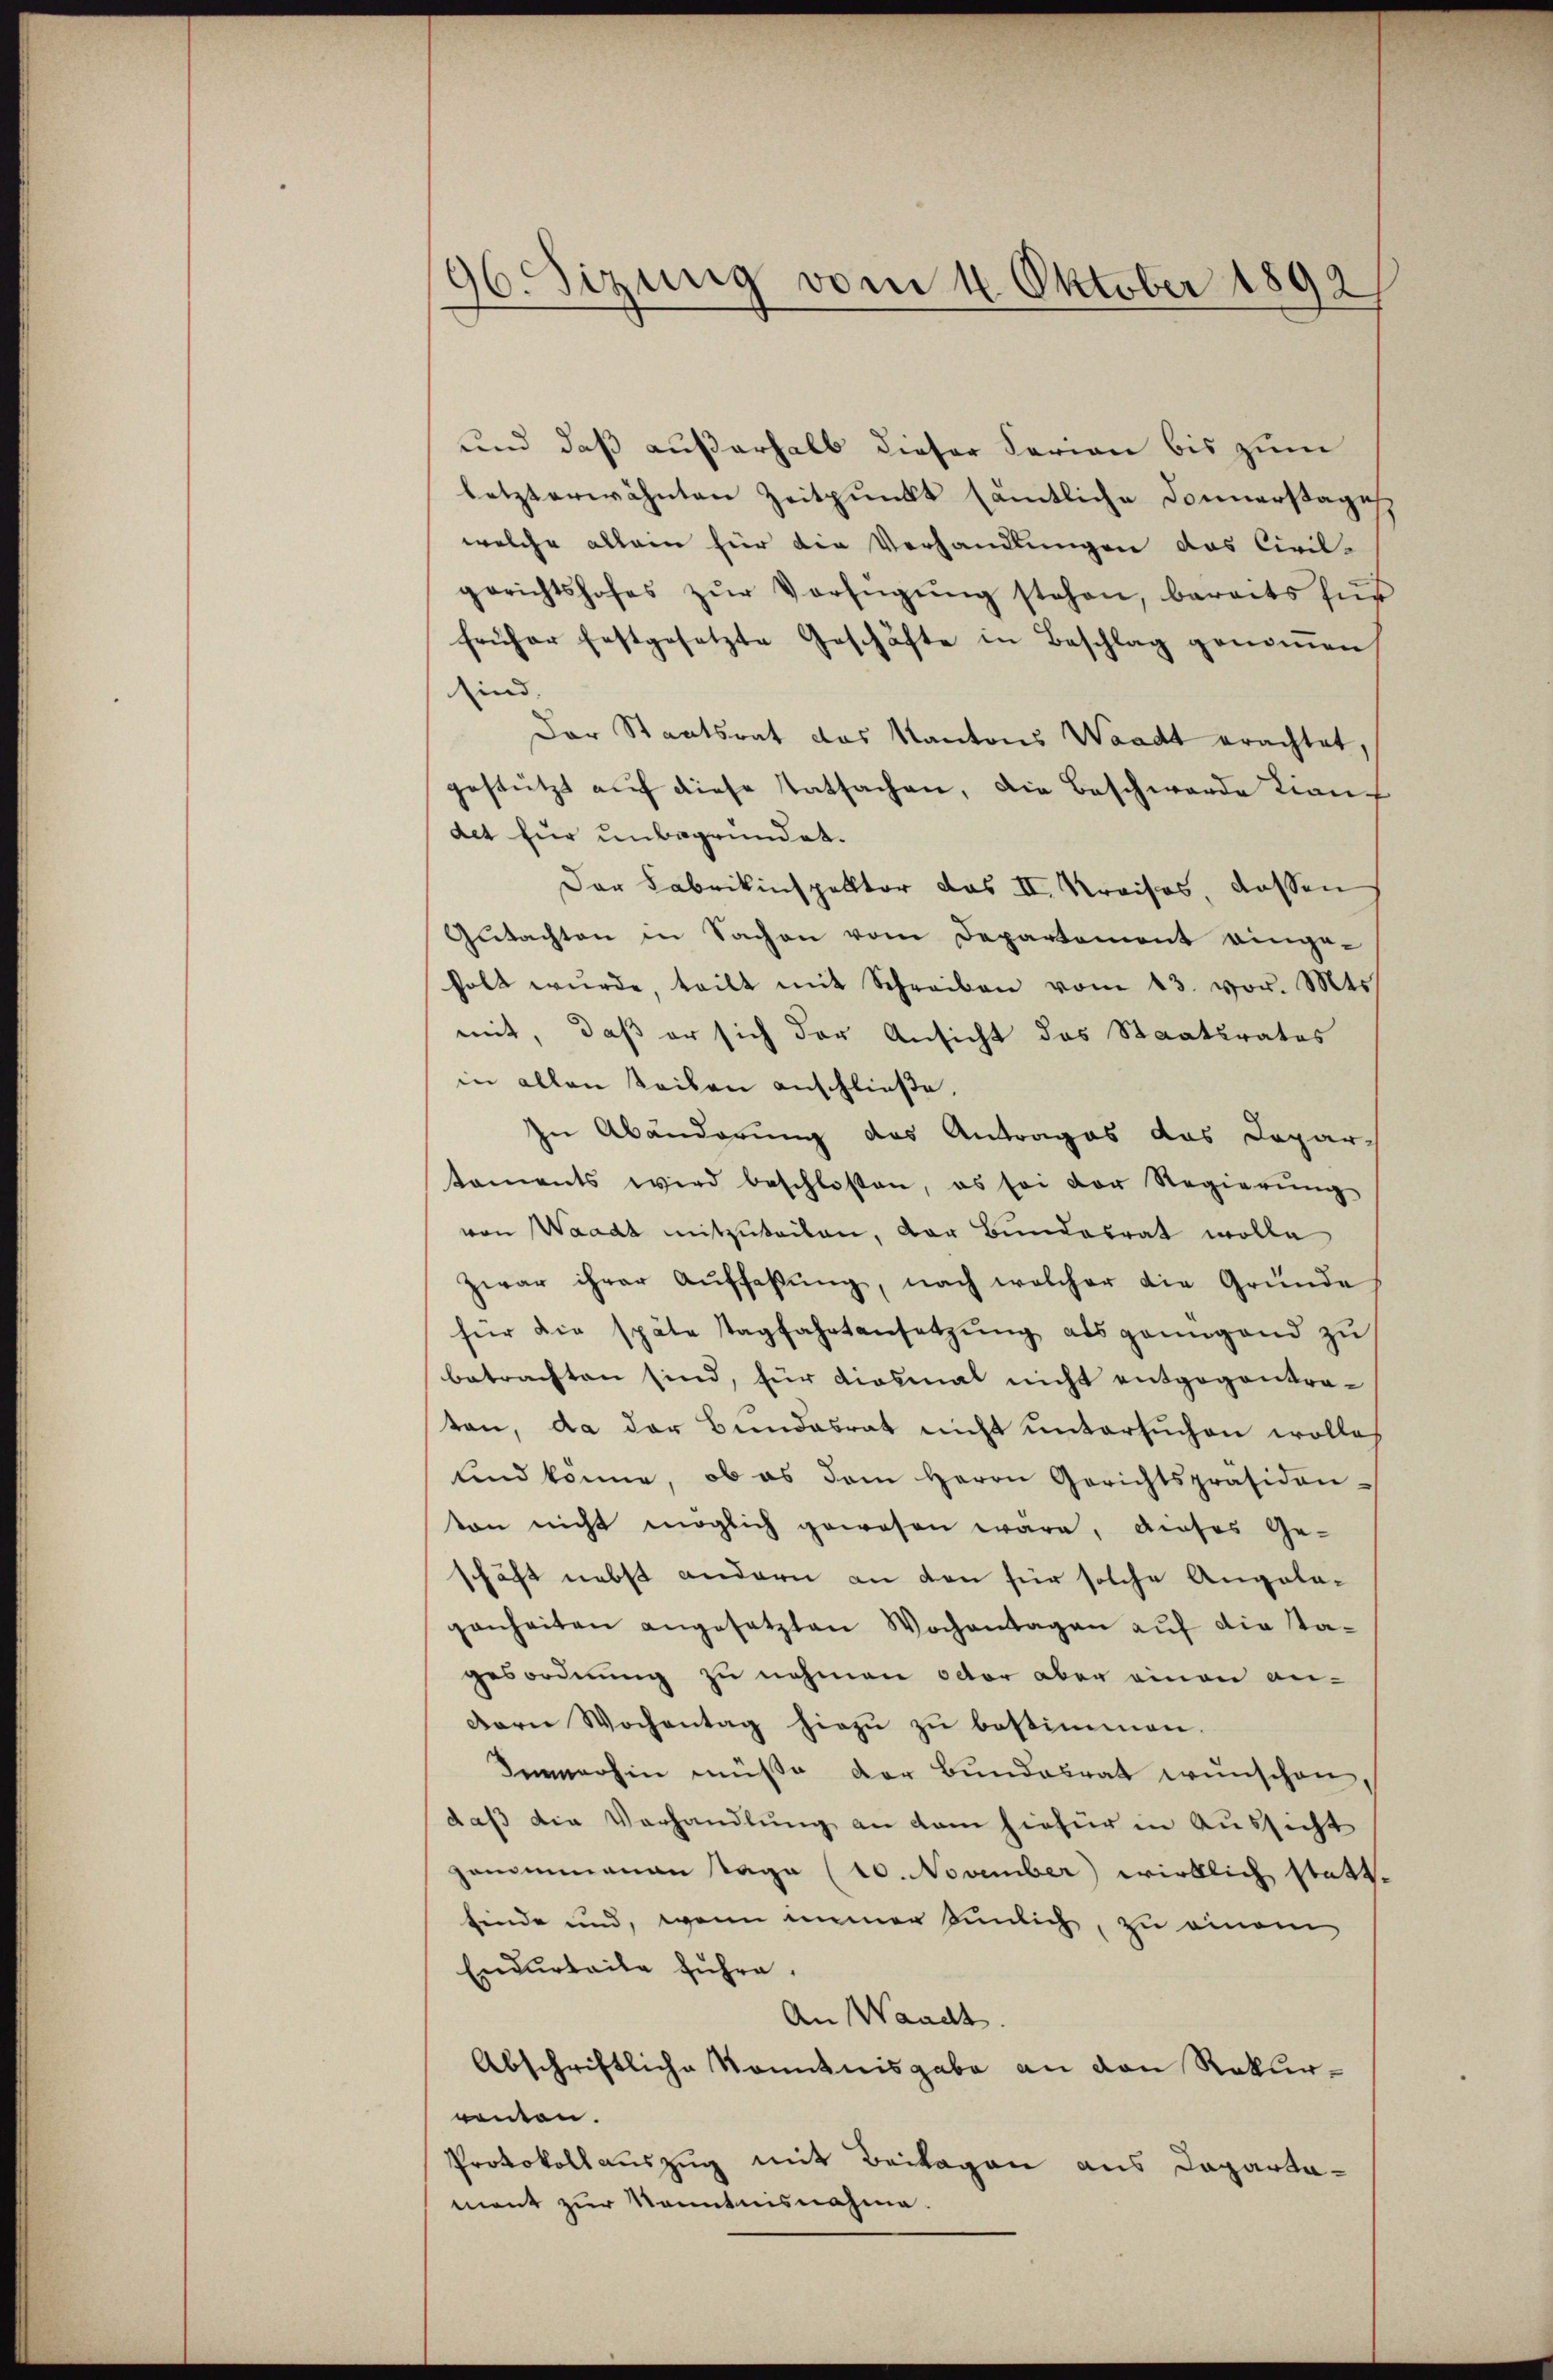
und daß außerhalb dieser Ferien bis zum
letzterwähnten Zeitpunkt sämtliche Donnerstages
welche allein für die Verhandlungen das Civil-
gerichtshofes zŭr Verfügŭng stehen, bereits für
früher festgesetzte Geschäfte in Beschlag genoṁen
ind.
Der Staatsrat das Kantons Waadt erachtet,
gestützt auf diese Tatsachen, die Beschwerde Liandet für unbegründet.
Der Fabrikinspektor das II. Kraisos dassen
Gutachten in Sachen vom Departement eingeholt wŭrde, teilt mit Schreiben vom 13. vor. Mts.
mit, daß er sich der Ansicht das Staatsrates
in allen teilen anschließe.
zu Abänderung des Antrages das Departaments wird beschlossen, es sei der Regierŭng
von Waadt mitzuteilen, der Bundesrat wolle
zwar ihrer Aŭffaβŭng, nach welcher die Gründe
für die späte Tagfahrtansetzŭng als genügend zŭ
betrachten sind, für diesmal nicht entgegentraten, da der Bundesrat nicht untersuchen wolle
und könne, ob es dem Herrn Gerichtspräsiden-
ton nicht möglich gewesen wäre, dieses Ge-
schäft nebst andern an den für solche Angela-
ganheiten angesetzten Wochantagen auf die Tagesordnung zu nehmen octor aber einen an-
Dern Wochentag hiezŭ zŭ bestimmen.
Immerhin müße der Bundesrat wünschen,
daß die Verhandlung an dem hiefür in Aussicht
gangemanen Tage (10. November wirklich statt-
finde und, wenn immer Einlich, zu einem
Endurteile führe.
An Waadt
Abschriftliche Kenntnisgabe an den Rekurnomen.
Protokollauszug mit Beilagen aus Capartamont zur Kenntnisnahme.

96. Sizung vom 11. Oktober 1892